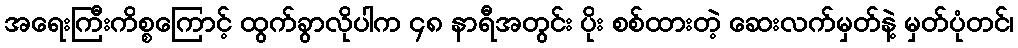
အရေးကြီးကိစ္စကြောင့် ထွက်ခွာလိုပါက ၄၈ နာရီအတွင်း ပိုး စစ်ထားတဲ့ ဆေးလက်မှတ်နဲ့ မှတ်ပုံတင်၊